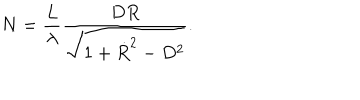
N = \frac { L } { \lambda } \frac { D R } { \sqrt { 1 + \dot { R } ^ { 2 } - D ^ { 2 } } } .